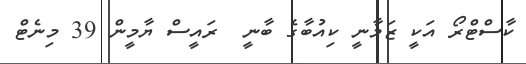
ކާސްޓްރޯ އަކީ ޒަމާނީ ކިއުބާގެ ބާނީ  ރައީސް ޔާމީން 39 މިނެޓް